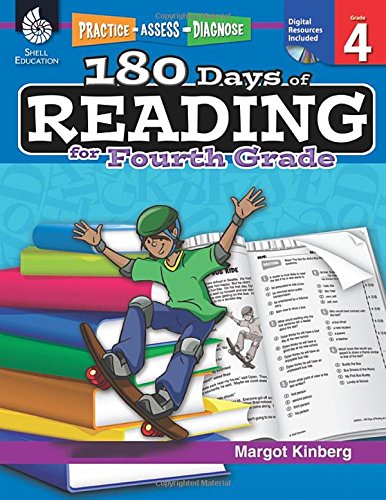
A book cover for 180 Days of Reading for Fourth Grade (Practice, Assess, Diagnose: 180 Days of Math); Margot Kinberg; Reference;